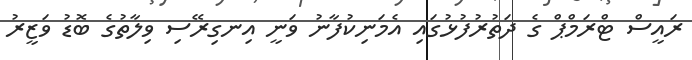
ރައީސް ޓްރަމްޕް ގެ ދަތުރުފުޅުގައި އެމަނިކުފާނު ވަނީ އިނގިރޭސި ވިލާތުގެ ބޮޑު ވަޒީރު